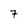
Character: 7